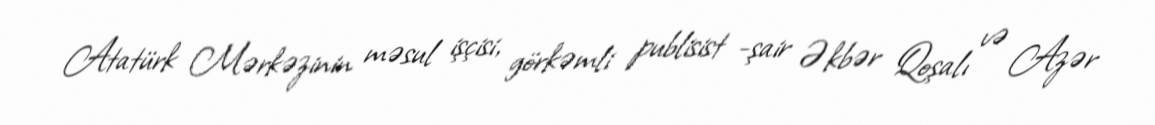
Atatürk Mərkəzinin məsul işçisi, görkəmli publisist -şair Əkbər Qoşalı və Azər